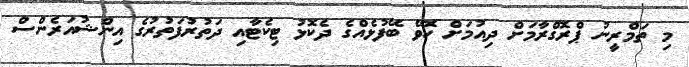
މި ތަމްރީނު ޕްރޮގްރާމަށް ދިއުމަށް ހޮވޭ ބޭފުޅެއްގެ ދެކޮޅު ޓިކެޓާއި ދަތުރުފަތުރުގެ އިންޝުއަރެންސް